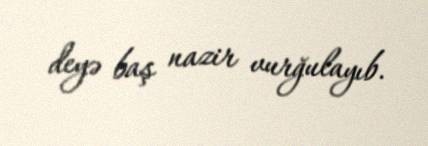
deyə baş nazir vurğulayıb.